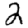
Digit: 2